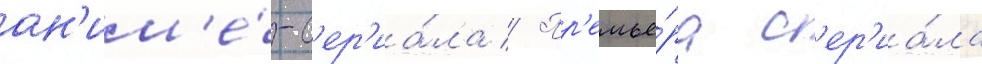
ан'им'е́-с'ер'иа́ла // Пр'емье́ра с'ер'иа́ла